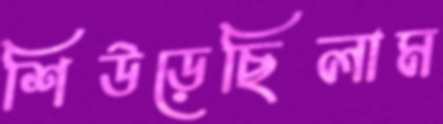
শিউড়েছিলাম